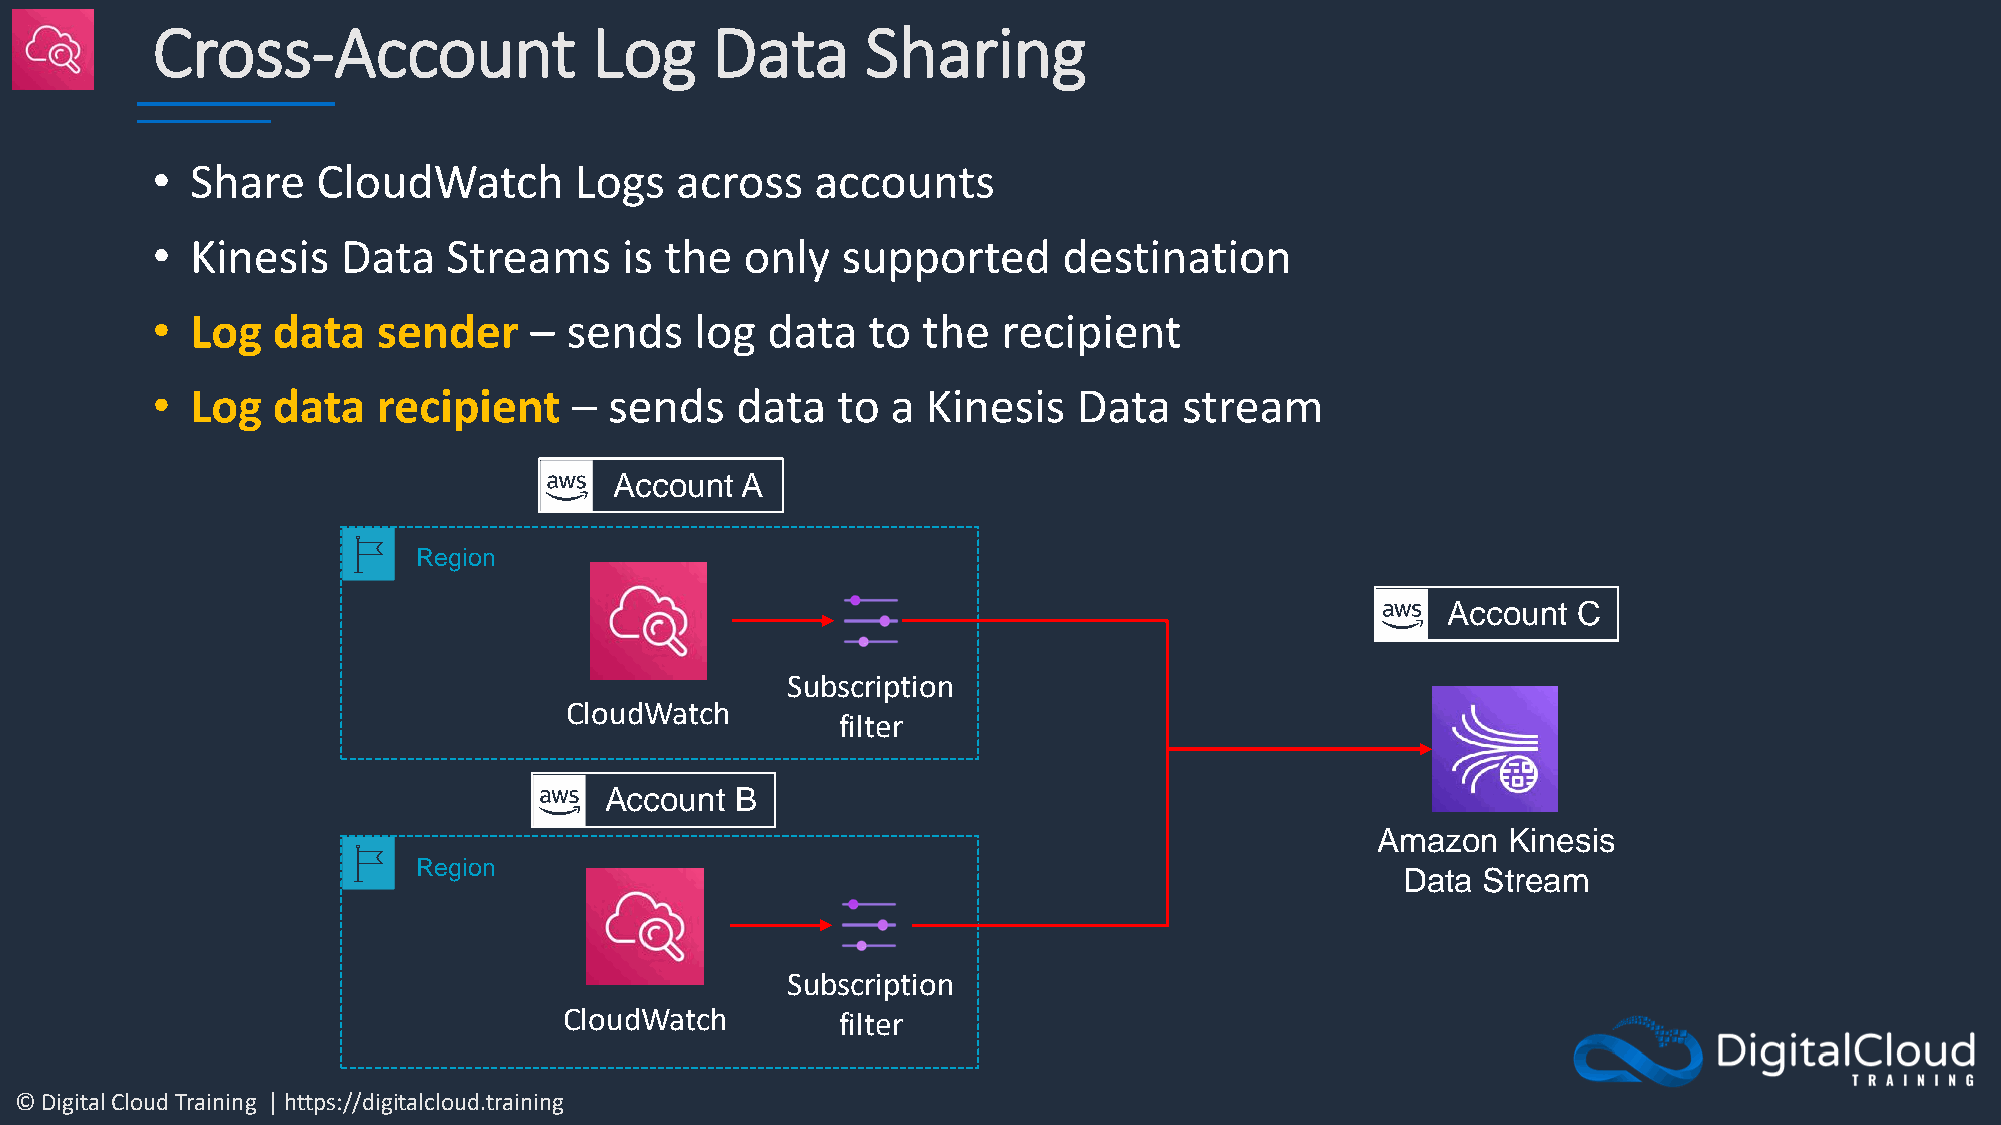
Cross-Account                Log     Data      Sharing
 •  Share   CloudWatch       Logs   across   accounts
 •  Kinesis   Data   Streams    is the  only   supported     destination
 •  Log  data   sender    – sends    log  data  to  the  recipient
 •  Log  data   recipient    – sends    data  to  a Kinesis   Data   stream
 Account A
 Region
 Account C
 Subscription
 CloudWatch
 filter
 Account  B
 Amazon   Kinesis
 Region
 Data Stream
 Subscription
 CloudWatch        filter
 © Digital Cloud Training | https://digitalcloud.training